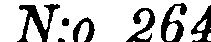
N:o 264.